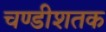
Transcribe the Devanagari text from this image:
चण्डीशतक